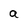
Character: a